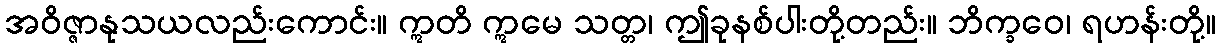
အဝိဇ္ဇာနုသယလည်းကောင်း။ ဣတိ ဣမေ သတ္တ၊ ဤခုနစ်ပါးတို့တည်း။ ဘိက္ခဝေ၊ ရဟန်းတို့။